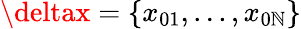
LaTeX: \deltax=\{ x_{01},...,x_{0\mathbb{N}}\}